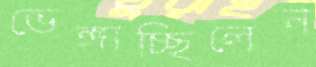
ভেঙ্গাচ্ছিলেন